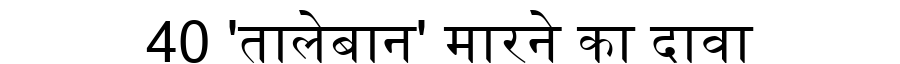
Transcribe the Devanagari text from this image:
40 'तालेबान' मारने का दावा